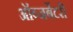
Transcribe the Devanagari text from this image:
ऑब्जर्बेटरी